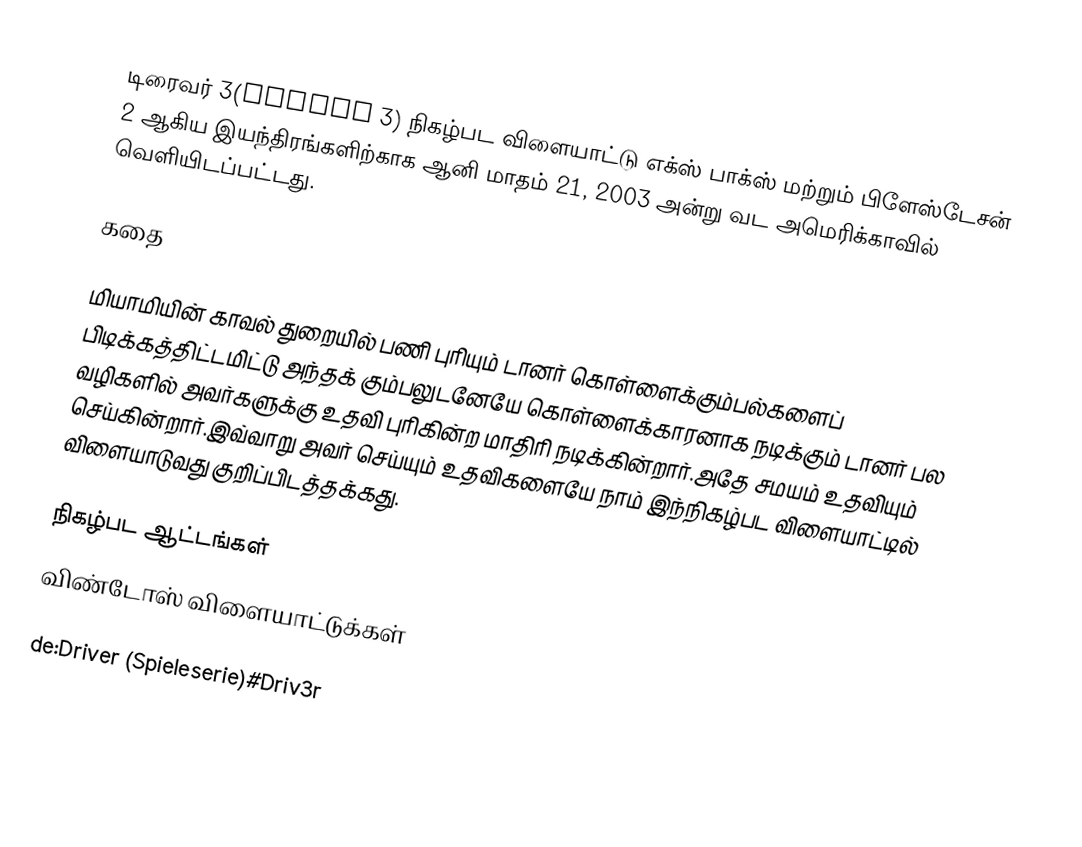
டிரைவர் 3(Driver 3) நிகழ்பட விளையாட்டு எக்ஸ் பாக்ஸ் மற்றும் பிளேஸ்டேசன் 2 ஆகிய இயந்திரங்களிற்காக ஆனி மாதம் 21, 2003 அன்று வட அமெரிக்காவில் வெளியிடப்பட்டது.

கதை

மியாமியின் காவல் துறையில் பணி புரியும் டானர் கொள்ளைக்கும்பல்களைப் பிடிக்கத்திட்டமிட்டு அந்தக் கும்பலுடனேயே கொள்ளைக்காரனாக நடிக்கும் டானர் பல வழிகளில் அவர்களுக்கு உதவி புரிகின்ற மாதிரி நடிக்கின்றார்.அதே சமயம் உதவியும் செய்கின்றார்.இவ்வாறு அவர் செய்யும் உதவிகளையே நாம் இந்நிகழ்பட விளையாட்டில் விளையாடுவது குறிப்பிடத்தக்கது.

நிகழ்பட ஆட்டங்கள்
விண்டோஸ் விளையாட்டுக்கள்

de:Driver (Spieleserie)#Driv3r